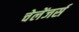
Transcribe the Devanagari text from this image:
चेलेंजर्स